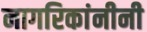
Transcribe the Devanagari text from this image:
नागरिकांनीनी